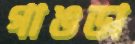
গাঙডা